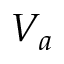
V _ { a }